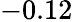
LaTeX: -0.12